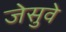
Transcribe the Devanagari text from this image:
जेसुवे